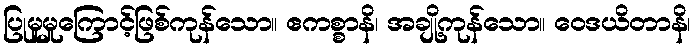
ပြုမူမှုကြောင့်ဖြစ်ကုန်သော။ ဧကစ္စာနိ၊ အချို့ကုန်သော။ ဝေဒယိတာနိ၊